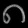
Digit: ၈